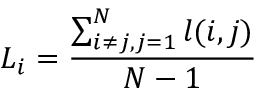
L _ { i } = \frac { \sum _ { i \neq j , j = 1 } ^ { N } l ( i , j ) } { N - 1 }